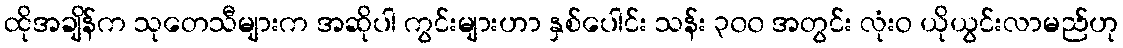
ထိုအချိန်က သုတေသီများက အဆိုပါ ကွင်းများဟာ နှစ်ပေါင်း သန်း ၃၀၀ အတွင်း လုံးဝ ယိုယွင်းလာမည်ဟု